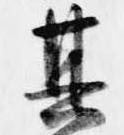
其